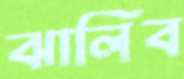
ঝালিব